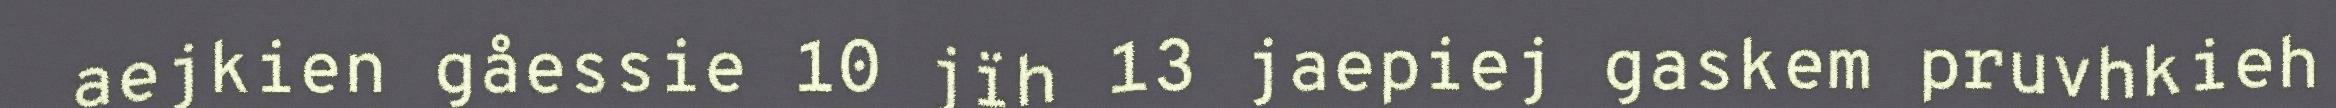
aejkien gåessie 10 jïh 13 jaepiej gaskem pruvhkieh